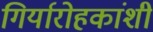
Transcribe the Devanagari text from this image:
गिर्यारोहकांशी